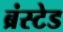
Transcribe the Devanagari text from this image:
ब्रंस्टेड